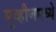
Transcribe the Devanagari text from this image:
मूव्हीजमध्ये